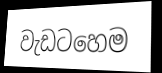
වැඩටහෙම